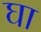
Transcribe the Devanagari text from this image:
घा